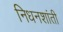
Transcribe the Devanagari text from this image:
निधनशांती